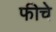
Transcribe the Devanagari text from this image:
फीचे